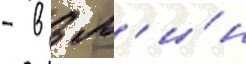
- в 3 м'и́н